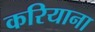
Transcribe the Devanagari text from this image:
करियाना